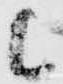
候